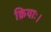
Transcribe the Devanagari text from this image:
क्रियाः।